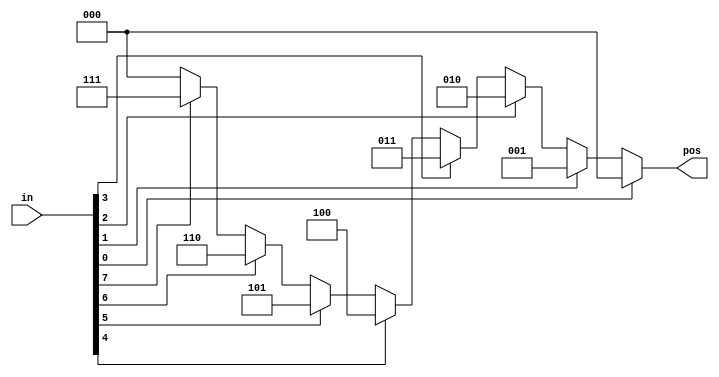
// Priority encoder with casez
// There is also a similar casex that treats both x and z as don't-care. I don't see much purpose to using it over casez.
// The digit ? is a synonym for z. so 2'bz0 is the same as 2'b?0
// synthesis verilog_input_version verilog_2001
module top_module (
    input [7:0] in,
    output reg [2:0] pos  );

    always @(*) begin
        casez (in)
            8'bzzzzzzz1: pos = 3'd0;
            8'bzzzzzz1z: pos = 3'd1;
            8'bzzzzz1zz: pos = 3'd2;
            8'bzzzz1zzz: pos = 3'd3;
            8'bzzz1zzzz: pos = 3'd4;
            8'bzz1zzzzz: pos = 3'd5;
            8'bz1zzzzzz: pos = 3'd6;
            8'b1zzzzzzz: pos = 3'd7;
            default: pos = 3'd0;
        endcase
    end
    
endmodule